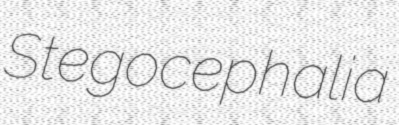
Stegocephalia